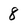
Character: 8